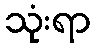
သုံးရာ